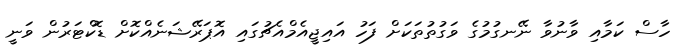
ހާސް ކަމާއި ވާނުވާ ނޭނގުމުގެ ވަގުތުތަކަށް ފަހު އައިޖީއެމްއެޗުގައި އޮޕަރޭޝަނެއްކޮށް ޑޮކްޓަރުން ވަނީ